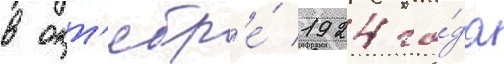
в окт'ябр'е́ 1924 го́да